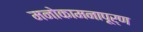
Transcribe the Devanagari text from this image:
मनोकामनापूर्ण